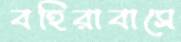
বহিরাবাসে